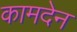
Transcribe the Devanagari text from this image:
कामदेन